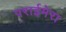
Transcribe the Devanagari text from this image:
पराईमेरा